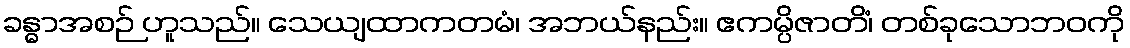
ခန္ဓာအစဉ် ဟူသည်။ သေယျထာကတမံ၊ အဘယ်နည်း။ ဧကမ္ပိဇာတိံ၊ တစ်ခုသောဘဝကို